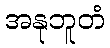
အနုဘူတံ